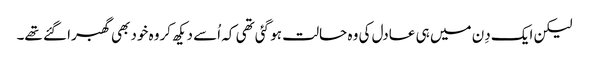
لیکن ایک دِن میں ہی عادل کی وہ حالت ہو گئی تھی کہ اُسے دیکھ کروہ خود بھی گھبرا گئے تھے۔